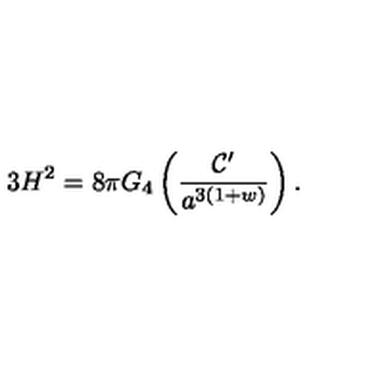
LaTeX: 3 H ^ { 2 } = 8 \pi G _ { 4 } \left( \frac { { \cal C } ^ { \prime } } { a ^ { 3 ( 1 + w ) } } \right) .